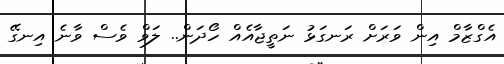
އެގްޒާމް އިން ވަރަށް ރަނގަޅު ނަތީޖާއެއް ހޯދަން.. ލަވް ވެސް ވާނެ އިނގޭ